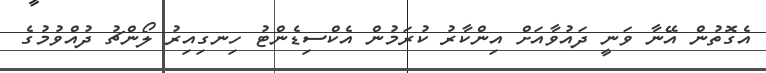
އެގޮތުން އޭނާ ވަނީ ދައުވާއަށް އިންކާރު ކުރަމުން އެކްސިޑެންޓު ހިނގިއިރު ލޯންޗު ދުއްވުމުގެ